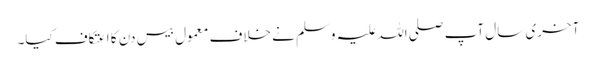
آخری سال آپ صلی اللہ علیہ وسلم نے خلاف معمول بیس دن کا اعتکاف کیا۔